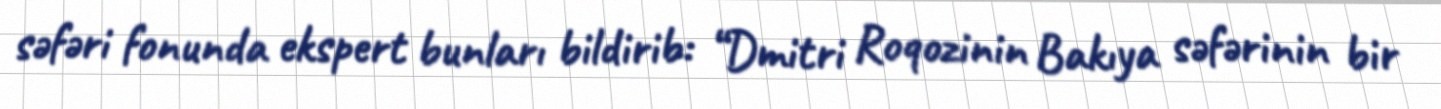
səfəri fonunda ekspert bunları bildirib: “Dmitri Roqozinin Bakıya səfərinin bir